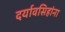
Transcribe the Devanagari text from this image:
दर्यावसिहांना